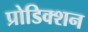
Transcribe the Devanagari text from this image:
प्रोडिक्शन